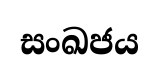
සංඛජය